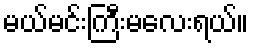
မယ်မင်းကြီးမလေးရယ်။